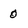
Character: 0